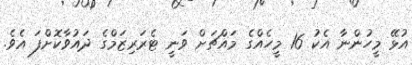
އުޅޭ މީހުންނާ އެކު 16 މީހެއްގެ މައްޗަށް ވަނީ ޓެރަރިޒަމްގެ ދައުވާކޮށްފަ އެވެ.